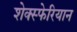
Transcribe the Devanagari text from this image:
शेक्स्फेरियान